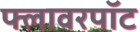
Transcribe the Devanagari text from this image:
फ्लावरपॉट